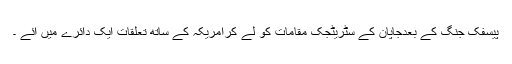
پیسفک جنگ کے بعدجاپان کے سٹریٹجک مقامات کو لے کرامریکہ کے ساتھ تعلقات ایک دائرے میں آئے ۔